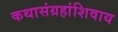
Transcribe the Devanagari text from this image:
कथासंग्रहांशिवाय